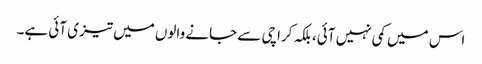
اس میں کمی نہیں آئی، بلکہ کراچی سے جانے والوں میں تیزی آئی ہے۔